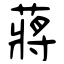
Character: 蔣